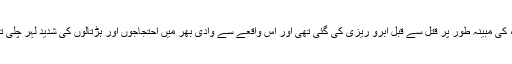
دونوں خواتین، جو رشتے کے لحاظ سے بھابھی اور نند تھیں، کی مبینہ طور پر قتل سے قبل آبرو ریزی کی گئی تھی اور اس واقعے سے وادی بھر میں احتجاجوں اور ہڑتالوں کی شدید لہر چلی تھی اور ضلع شوپیان میں مسلسل 47 دنوں تک ہڑتال کی گئی۔